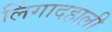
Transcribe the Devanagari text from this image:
लिंगादहाली